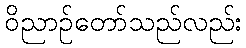
ဝိညာဉ်တော်သည်လည်း